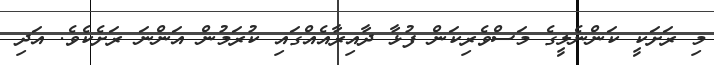
މި ރަށަކީ ކަންނެލީގެ މަސްވެރިކަން ފުޅާ ދާއިރާއެއްގައި ކުރަމުން އަންނަ ރަށެކެވެ. އަދި